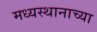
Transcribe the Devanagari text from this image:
मध्यस्थानाच्या